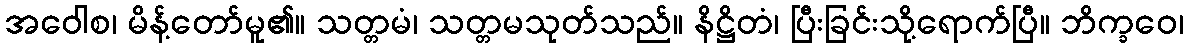
အဝေါစ၊ မိန့်တော်မူ၏။ သတ္တမံ၊ သတ္တမသုတ်သည်။ နိဋ္ဌိတံ၊ ပြီးခြင်းသို့ရောက်ပြီ။ ဘိက္ခဝေ၊